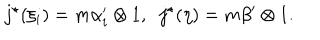
j ^ { \star } ( \xi _ { i } ) = m \alpha _ { i } ^ { \prime } \otimes 1 , \; \; j ^ { \star } ( \eta ) = m \beta ^ { \prime } \otimes 1 .